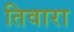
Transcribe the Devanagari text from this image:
तिवारा